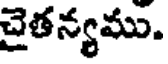
చైతన్యము.